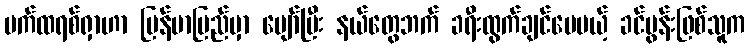
ပက်ထရစ်ရှာဟာ မြန်မာပြည်မှာ ပျော်ပြီး နယ်တွေဘက် ခရီးထွက်ချင်ပေမယ့် ခင်ပွန်းဖြစ်သူက